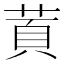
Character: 鿓